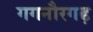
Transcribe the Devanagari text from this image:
गगनौरगढ़